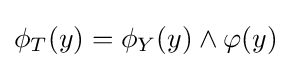
\phi _{T}(y)=\phi _{Y}(y)\land \varphi (y)